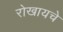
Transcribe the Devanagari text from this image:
रोखायचे